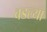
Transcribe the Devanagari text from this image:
बडल्या